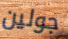
جولين